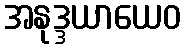
အနုဒ္ဒယာယေဝ